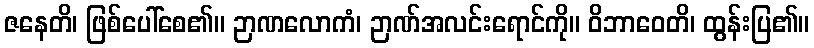
ဇနေတိ၊ ဖြစ်ပေါ်စေ၏။ ဉာဏလောကံ၊ ဉာဏ်အလင်းရောင်ကို။ ဝိဘာဝေတိ၊ ထွန်းပြ၏။